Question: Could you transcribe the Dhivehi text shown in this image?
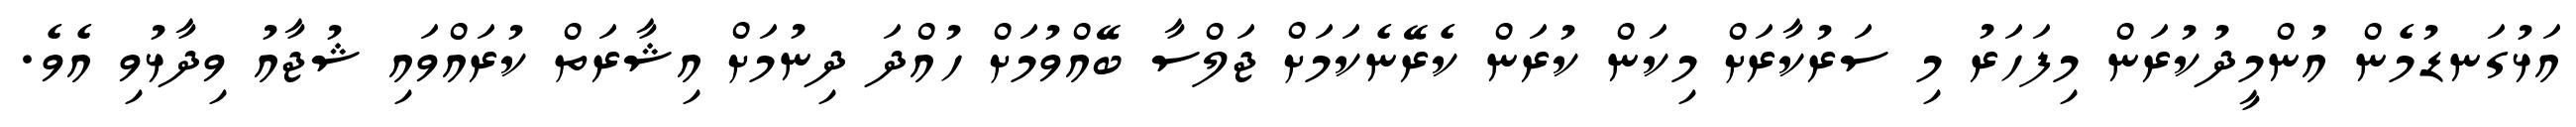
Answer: އަޅުގަނޑުމެން އުންމީދުކުރަން މިފަހަރު މި ސަރުކާރަށް މިކަން ކުރަން ކެރޭނެކަމަށް ޖަލްސާ ބޭއްވުމަށް ހުއްދަ ދިނުމަށް އިޝާރަތް ކުރައްވައި ޝުޖާއު ވިދާޅުވި އެވެ.